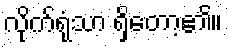
လိုက်ရုံသာ ရှိတော့၏။